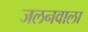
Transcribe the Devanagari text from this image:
जलनवाला